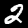
Label: 2